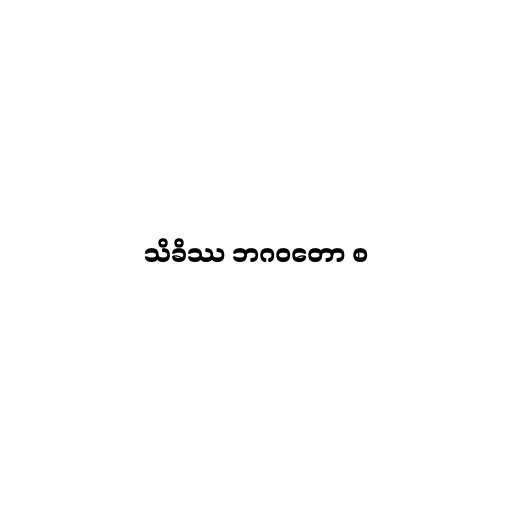
သိခိဿ ဘဂဝတော စ